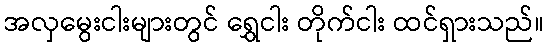
အလှမွေးငါးများတွင် ရွှေငါး တိုက်ငါး ထင်ရှားသည်။